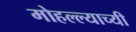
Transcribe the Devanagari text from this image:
मोहल्ल्याच्यी